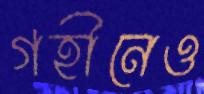
গহীনেও